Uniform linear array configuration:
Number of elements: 32
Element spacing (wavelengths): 0.75
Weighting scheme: hann
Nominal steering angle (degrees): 15
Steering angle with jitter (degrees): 13.809
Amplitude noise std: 0.05
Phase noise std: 0.05

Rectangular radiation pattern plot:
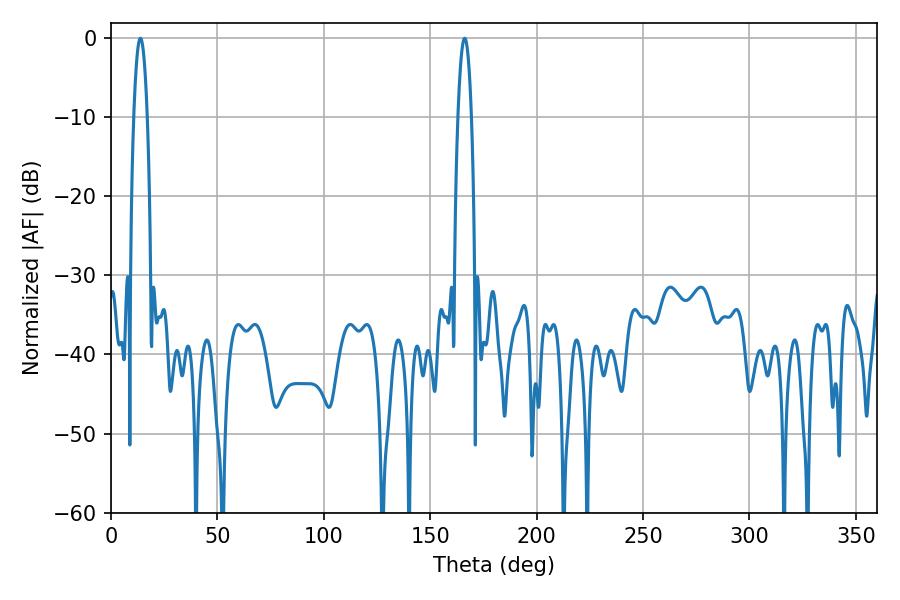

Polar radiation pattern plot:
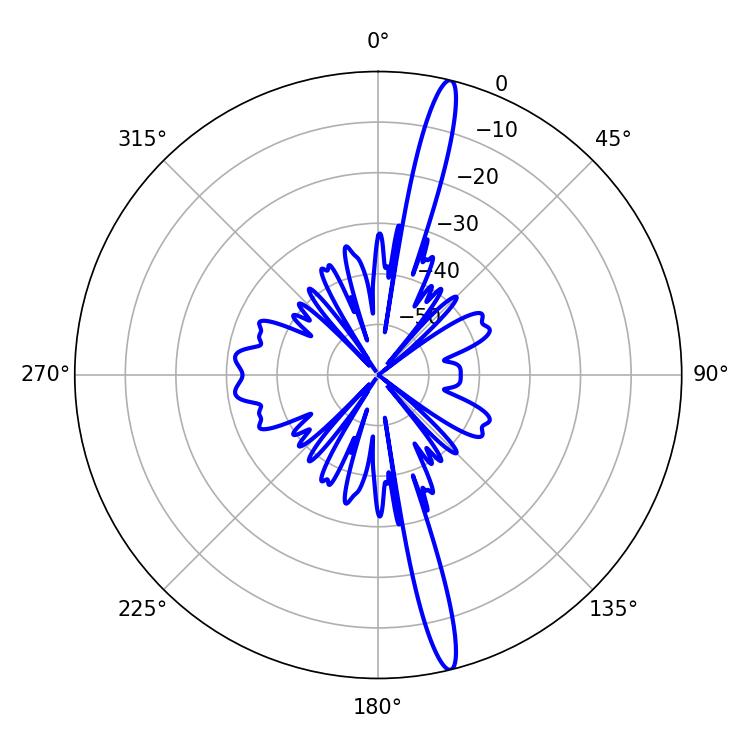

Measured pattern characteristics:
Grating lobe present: TRUE
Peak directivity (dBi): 18.035
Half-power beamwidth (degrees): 3.42
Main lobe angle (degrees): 13.86